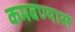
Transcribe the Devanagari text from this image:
कमवण्यास